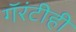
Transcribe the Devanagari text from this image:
गॅरंटीही